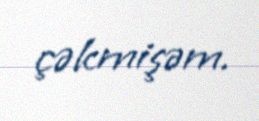
çəkmişəm.